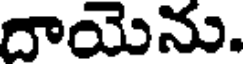
దాయెను.